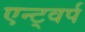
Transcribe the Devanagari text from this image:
एन्ट्वर्प